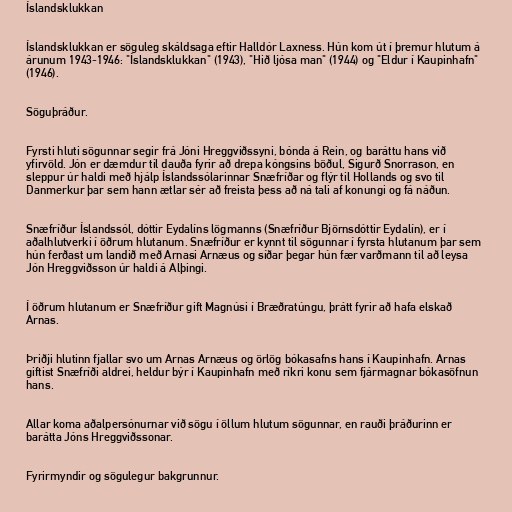
Íslandsklukkan

Íslandsklukkan er söguleg skáldsaga eftir Halldór Laxness. Hún kom út í þremur hlutum á
árunum 1943-1946: "Íslandsklukkan" (1943), "Hið ljósa man" (1944) og "Eldur í Kaupinhafn"
(1946).

Söguþráður.

Fyrsti hluti sögunnar segir frá Jóni Hreggviðssyni, bónda á Rein, og baráttu hans við
yfirvöld. Jón er dæmdur til dauða fyrir að drepa kóngsins böðul, Sigurð Snorrason, en
sleppur úr haldi með hjálp Íslandssólarinnar Snæfríðar og flýr til Hollands og svo til
Danmerkur þar sem hann ætlar sér að freista þess að ná tali af konungi og fá náðun.

Snæfríður Íslandssól, dóttir Eydalíns lögmanns (Snæfríður Björnsdóttir Eydalín), er í
aðalhlutverki í öðrum hlutanum. Snæfríður er kynnt til sögunnar í fyrsta hlutanum þar sem
hún ferðast um landið með Arnasi Arnæus og síðar þegar hún fær varðmann til að leysa
Jón Hreggviðsson úr haldi á Alþingi.

Í öðrum hlutanum er Snæfríður gift Magnúsi í Bræðratúngu, þrátt fyrir að hafa elskað
Arnas.

Þriðji hlutinn fjallar svo um Arnas Arnæus og örlög bókasafns hans í Kaupinhafn. Arnas
giftist Snæfríði aldrei, heldur býr í Kaupinhafn með ríkri konu sem fjármagnar bókasöfnun
hans.

Allar koma aðalpersónurnar við sögu í öllum hlutum sögunnar, en rauði þráðurinn er
barátta Jóns Hreggviðssonar.

Fyrirmyndir og sögulegur bakgrunnur.